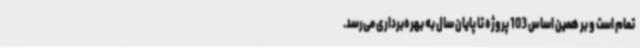
تمام است و بر همین اساس 103 پروژه تا پایان سال به بهره‌برداری می‌رسد.